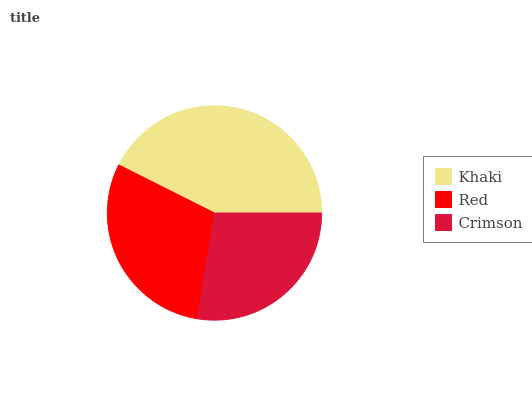
| Khaki | Red | Crimson |
 | --- | --- | --- |
 | 42.7% | 29.8% | 27.5% |